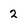
Character: 2